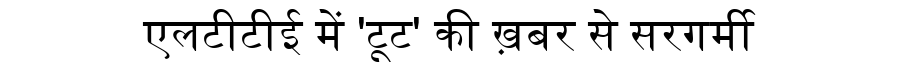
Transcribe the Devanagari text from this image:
एलटीटीई में 'टूट' की ख़बर से सरगर्मी